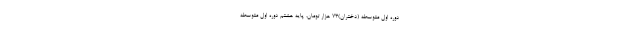
دوره اول متوسطه (دختران)۷۳ هزار تومان، پایه هشتم دوره اول متوسطه